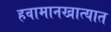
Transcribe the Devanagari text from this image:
हवामानखात्यात